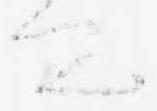
て